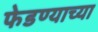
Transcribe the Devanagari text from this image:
फेडण्याच्या